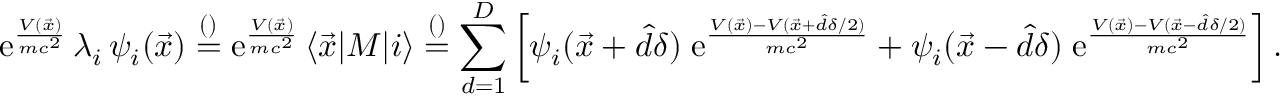
\mathrm e ^ { \frac { V ( \vec { x } ) } { m c ^ { 2 } } } \, \lambda _ { i } \, \psi _ { i } ( \vec { x } ) \overset { \footnotesize ( ) } { = } \mathrm e ^ { \frac { V ( \vec { x } ) } { m c ^ { 2 } } } \, \langle \vec { x } | M | i \rangle \overset { \footnotesize ( ) } { = } \sum _ { d = 1 } ^ { D } \left[ \psi _ { i } ( \vec { x } + \hat { d } \delta ) \; \mathrm e ^ { \frac { V ( \vec { x } ) - V ( \vec { x } + \hat { d } \delta / 2 ) } { m c ^ { 2 } } } + \psi _ { i } ( \vec { x } - \hat { d } \delta ) \; \mathrm e ^ { \frac { V ( \vec { x } ) - V ( \vec { x } - \hat { d } \delta / 2 ) } { m c ^ { 2 } } } \right] .